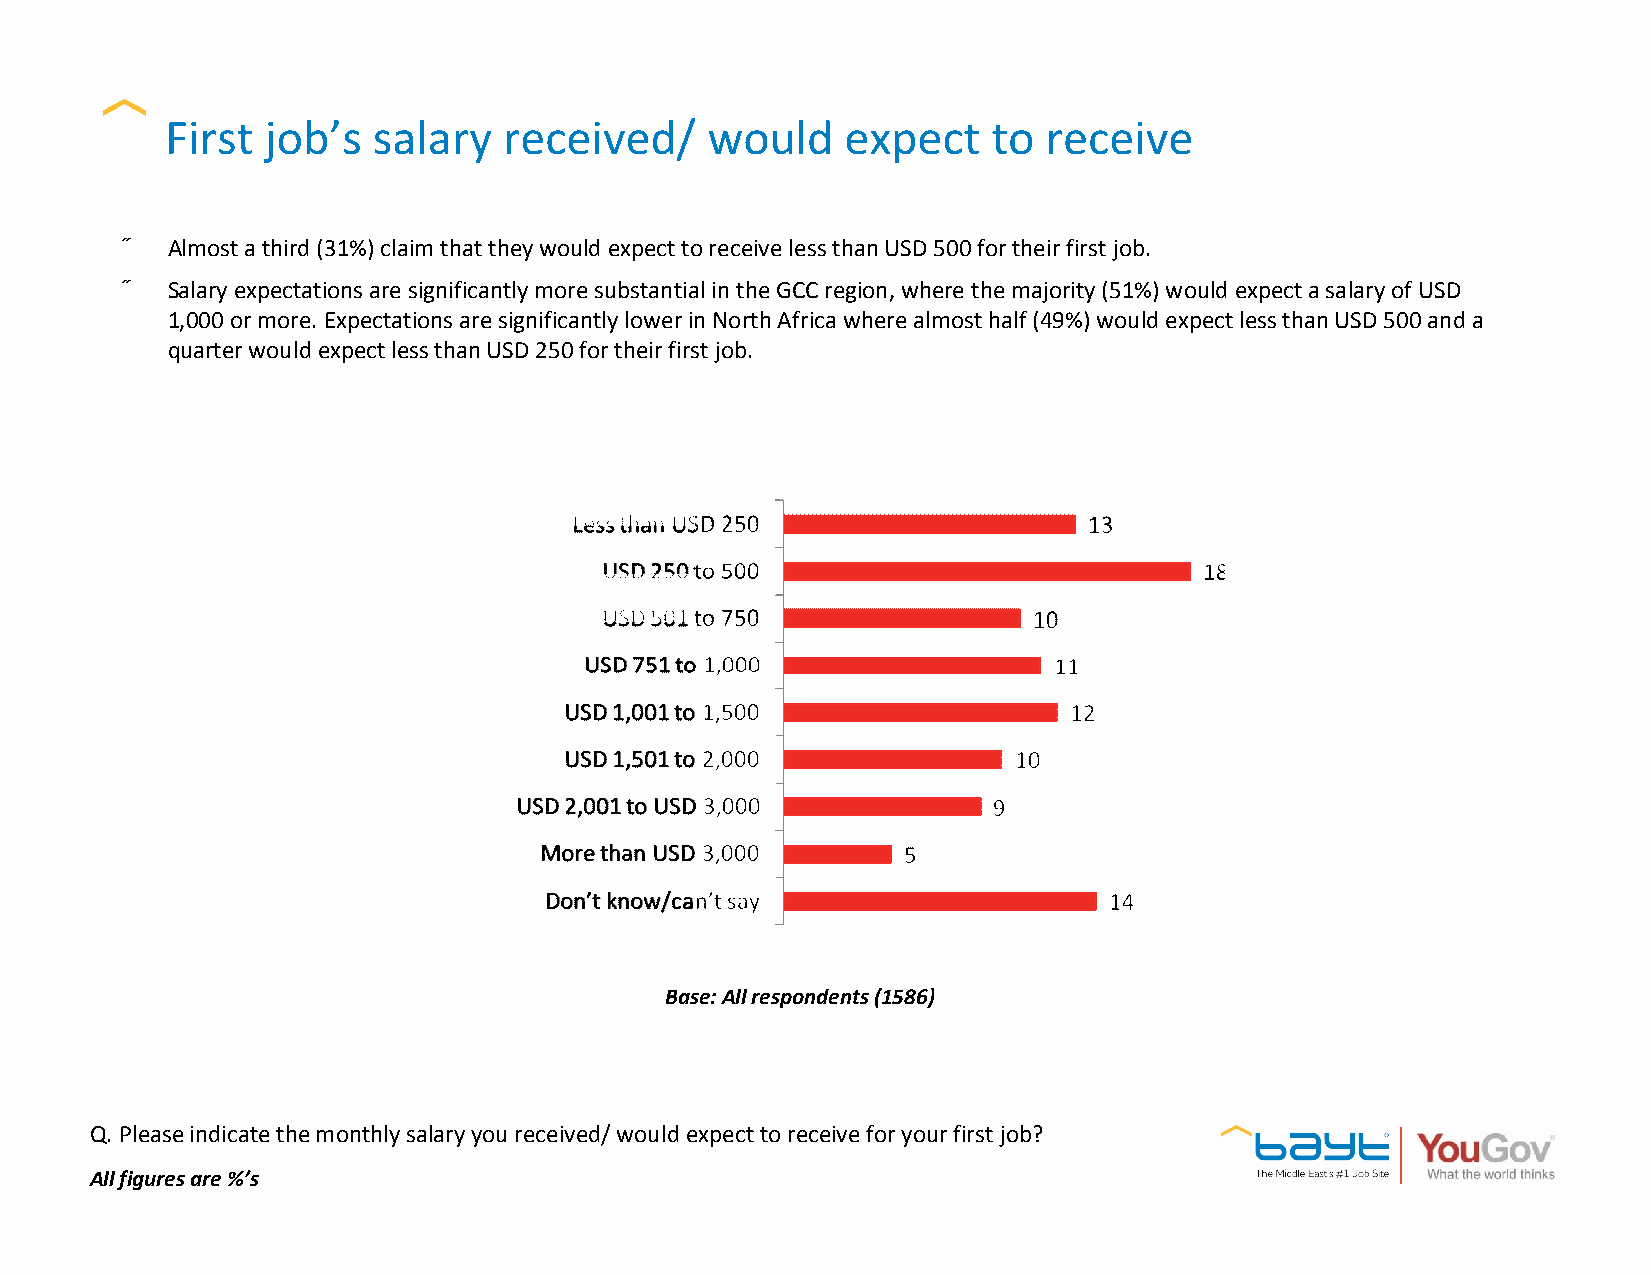
First  job’s  salary  received/     would    expect    to receive
 •  Almost a third (31%) claim that they would expect to receive less than USD 500 for their first job.
 •  Salary expectations are significantly more substantial in the GCC region, where the majority (51%) would expect a salary of USD
 1,000 or more. Expectations are significantly lower in North Africa where almost half (49%) would expect less than USD 500 and a
 quarter would expect less than USD 250 for their first job.
 Base: All respondents (1586)
 Q. Please indicate the monthly salary you received/ would expectto receive for your first job?
 All figures are %’s